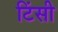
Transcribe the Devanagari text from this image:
टिंसी